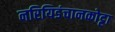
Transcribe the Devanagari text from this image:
नरियिडंचानकोट्टा